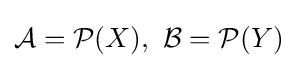
{\mathcal {A}}={\mathcal {P}}(X),\ {\mathcal {B}}={\mathcal {P}}(Y)